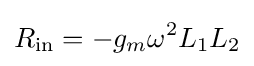
R_{\text{in}}=-g_{m}\omega ^{2}L_{1}L_{2}